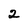
Character: 2